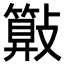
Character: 𣀔